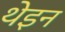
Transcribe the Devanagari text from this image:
थेइन